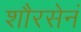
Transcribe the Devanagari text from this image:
शौरसेनं